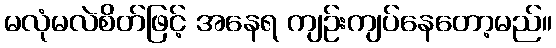
မလုံမလဲစိတ်ဖြင့် အနေရ ကျဉ်းကျပ်နေတော့မည်။